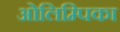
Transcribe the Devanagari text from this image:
ओलिम्पिका